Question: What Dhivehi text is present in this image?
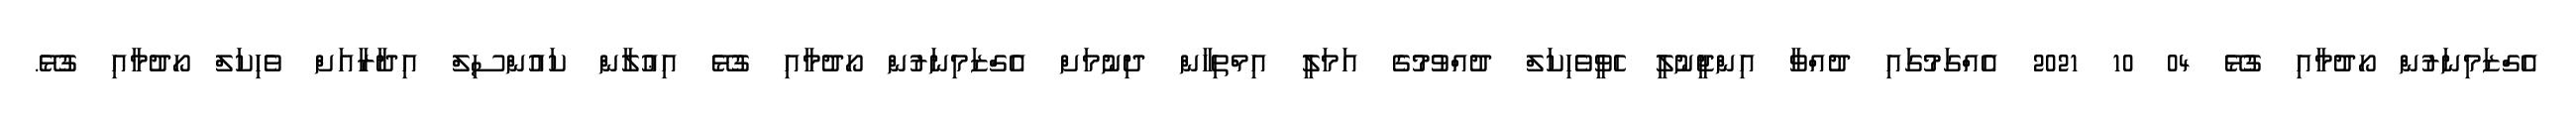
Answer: އެގްޒަމިނަރުން ހޯދުމާއި ގުޅޭ 04 10 2021 އެއްގަމުގައި ދުއްވާ އިންޖީނުލީ ހެވީވެހިކަލް ދުއްވުމުގެ އަމަލީ އިމްތިހާން ދިނުމަށް އެގްޒަމިނަރުން ހޯދުމާއި ގުޅޭ އިޢުލާން ކައުންސިލް އިދާރާއަށް ވެހިކަލް ހޯދުމާއި ގުޅޭ.